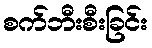
စက်ဘီးစီးခြင်း